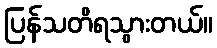
ပြန်သတိရသွားတယ်။